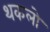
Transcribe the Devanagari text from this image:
थकलो